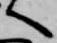
へ